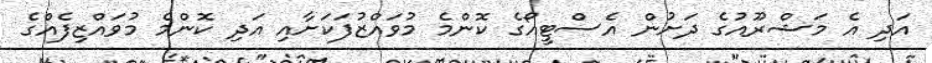
އަދި އެ މަޝްރޫއުގެ ދަށުން އެސްޓީއޯގެ ކޮންމެ މުވައްޒުފަކަށާއި އަދި ކޮންމެ މުވައްޒިފެއްގެ